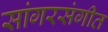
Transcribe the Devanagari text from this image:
सांगरसंगीत